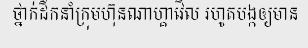
ថ្នាក់ដឹកនាំក្រុមហ៊ុនណាហ្គាវើល រហូតបង្កឲ្យមាន